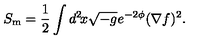
S _ { \mathrm { m } } = \frac { 1 } { 2 } \int d ^ { 2 } \! x \sqrt { - g } e ^ { - 2 \phi } ( \nabla f ) ^ { 2 } .